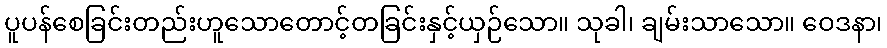
ပူပန်စေခြင်းတည်းဟူသောတောင့်တခြင်းနှင့်ယှဉ်သော။ သုခါ၊ ချမ်းသာသော။ ဝေဒနာ၊